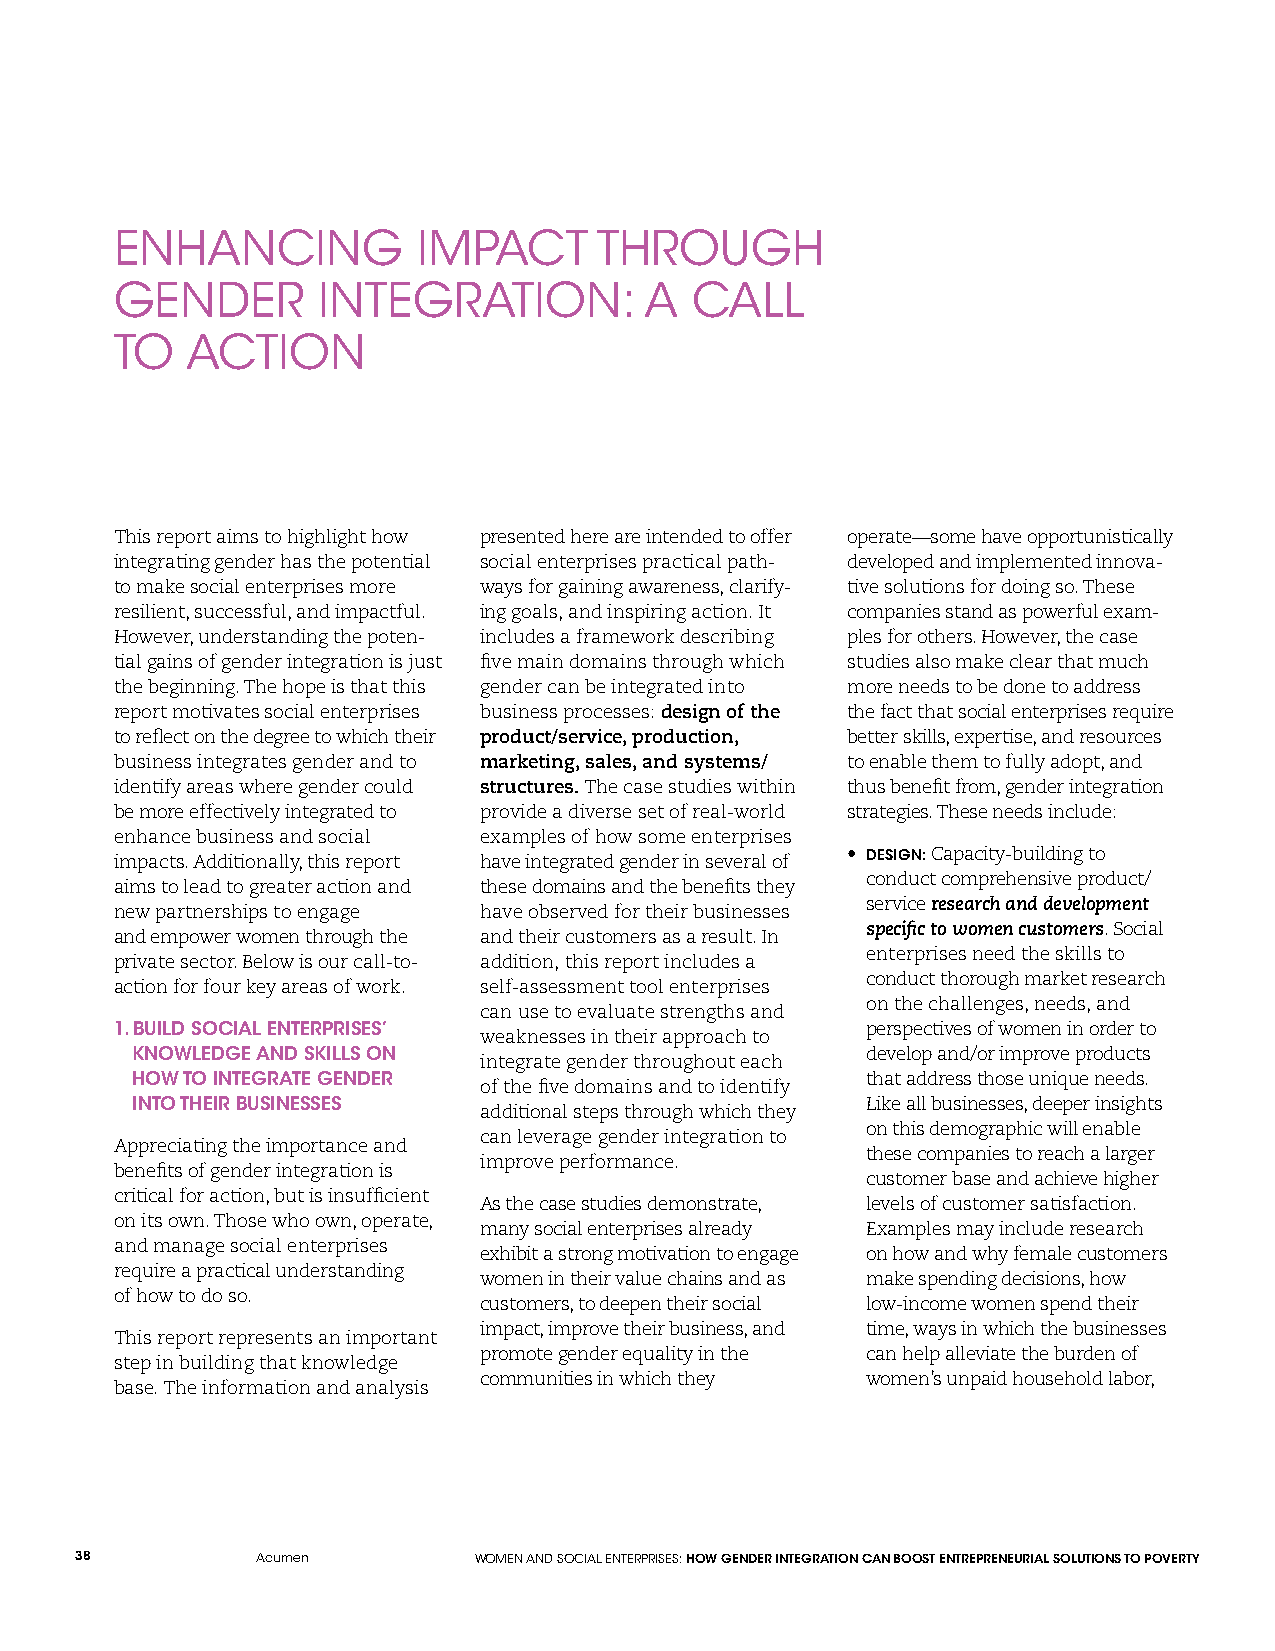
ENHANCING           IMPACT      THROUGH
 GENDER       INTEGRATION:          A  CALL
 TO  ACTION
 This report aims to highlight how presented here are intended to offer operate—some have opportunistically
 integrating gender has the potential social enterprises practical path- developed and implemented innova-
 to make social enterprises more ways for gaining awareness, clarify- tive solutions for doing so. These
 resilient, successful, and impactful. ing goals, and inspiring action. It companies stand as powerful exam-
 However, understanding the poten- includes a framework describing ples for others. However, the case
 tial gains of gender integration is just five main domains through which studies also make clear that much
 the beginning. The hope is that this gender can be integrated into more needs to be done to address
 report motivates social enterprises business processes: design of the the fact that social enterprises require
 to reflect on the degree to which their product/service, production, better skills, expertise, and resources
 business integrates gender and to marketing, sales, and systems/ to enable them to fully adopt, and
 identify areas where gender could structures. The case studies within thus benefit from, gender integration
 be more effectively integrated to provide a diverse set of real-world strategies. These needs include:
 enhance business and social examples of how some enterprises
 impacts. Additionally, this report have integrated gender in several of • DESIGN: Capacity-building to
 conduct comprehensive product/
 aims to lead to greater action and these domains and the benefits they
 service research and development
 new partnerships to engage have observed for their businesses
 specific to women customers. Social
 and empower women through the and their customers as a result. In
 enterprises need the skills to
 private sector. Below is our call-to- addition, this report includes a
 conduct thorough market research
 action for four key areas of work. self-assessment tool enterprises
 on the challenges, needs, and
 can use to evaluate strengths and
 1. BUILD SOCIAL ENTERPRISES’                     perspectives of women in order to
 weaknesses in their approach to
 KNOWLEDGE AND SKILLS ON                         develop and/or improve products
 integrate gender throughout each
 HOW TO INTEGRATE GENDER                         that address those unique needs.
 of the five domains and to identify
 INTO THEIR BUSINESSES                           Like all businesses, deeper insights
 additional steps through which they
 on this demographic will enable
 can leverage gender integration to
 Appreciating the importance and
 these companies to reach a larger
 improve performance.
 benefits of gender integration is
 customer base and achieve higher
 critical for action, but is insufficient
 As the case studies demonstrate, levels of customer satisfaction.
 on its own. Those who own, operate,
 many social enterprises already Examples may include research
 and manage social enterprises
 exhibit a strong motivation to engage on how and why female customers
 require a practical understanding
 women in their value chains and as make spending decisions, how
 of how to do so.
 customers, to deepen their social low-income women spend their
 impact, improve their business, and time, ways in which the businesses
 This report represents an important
 promote gender equality in the can help alleviate the burden of
 step in building that knowledge
 communities in which they women’s unpaid household labor,
 base. The information and analysis
 38          Acumen        WOMEN AND SOCIAL ENTERPRISES: HOW GENDER INTEGRATION CAN BOOST ENTREPRENEURIAL SOLUTIONS TO POVERTY